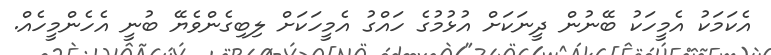
އެކަމަކު އެމީހަކު ބޭނުން ދީނަކަށް އުޅުމުގެ ހައްގު އެމީހަކަށް ލިބިގެންވެޔޭ ބުނީ އެހެންމީހެއް.